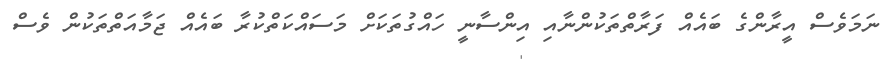
ނަމަވެސް އީރާންގެ ބައެއް ފަރާތްތަކުންނާއި އިންސާނީ ހައްގުތަކަށް މަސައްކަތްކުރާ ބައެއް ޖަމާއަތްތަކުން ވެސް